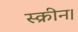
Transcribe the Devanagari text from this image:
स्क्रीन।